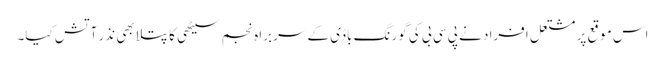
اس موقع پر مشتعل افراد نے پی سی بی کی گورنگ باڈی کے سربراہ نجم سیٹھی کا پتلا بھی نذر آتش کیا۔